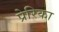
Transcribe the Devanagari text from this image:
प्रेरिका